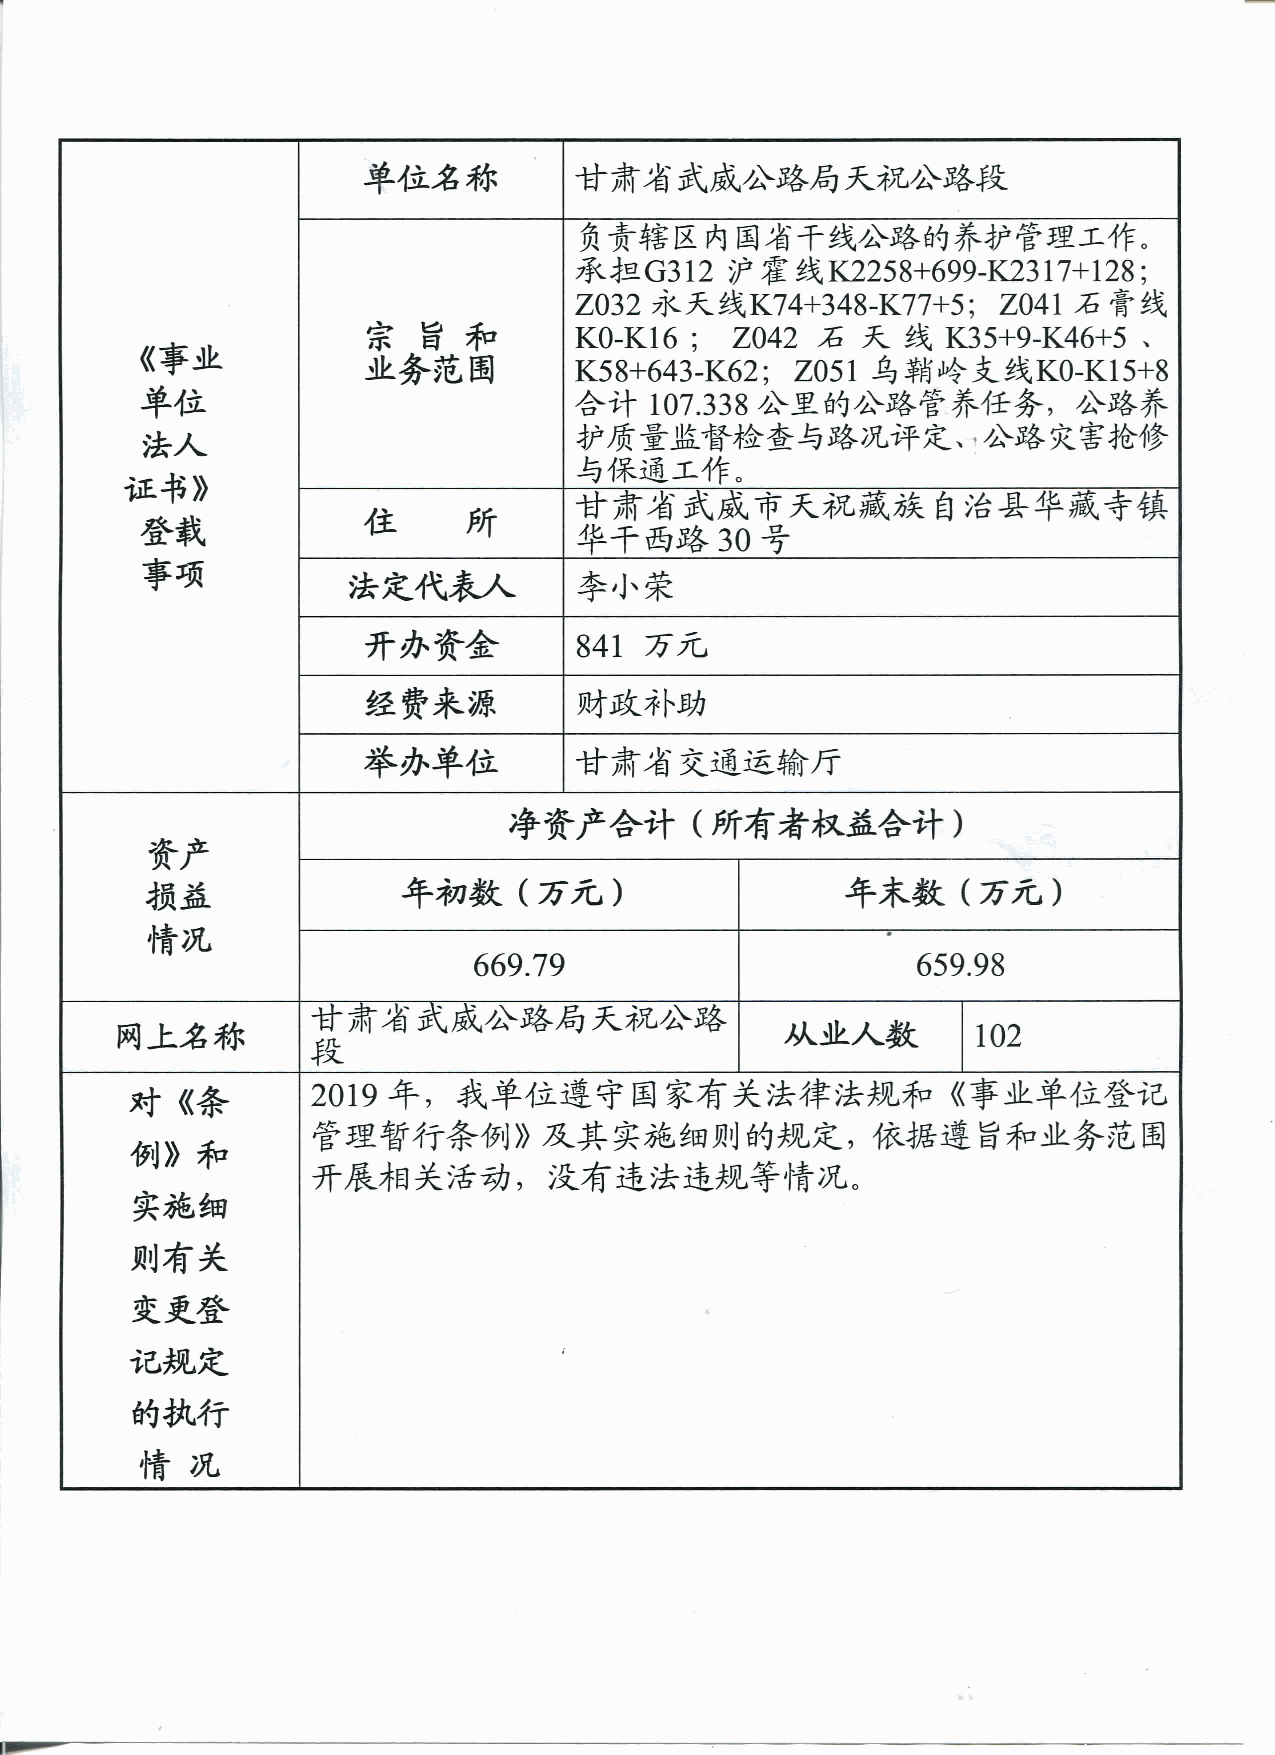
承担G312涯牽銭K2258+699-K2317十128;
 Z032永大関K74+348-K77十5;Z041石膏銭
 宗旨和     冤i8ｨﾘKｾOi>-ﾙKｫ1ｲ6ｦ;ﾅZﾉ0z4ｩ24石丶胤大H関ｬyKy3ﾘ5ﾔ十萎ﾂ9-K46十5､
 《事並     見kﾈ甘希省武威/z,`路局天祝ノ奔略段
 並奔滝田       筏S員ﾃcC2ﾔｳc#ｵ｣S)_H迚ｴｴﾔｳRｳ
 単位     剄㈹v107.338公\里的Jz\路管芥任各,Jz.\略表
 法人    ｢江華》    登載   事頭   剄R原量監督検査与路況評定､与/z`略焚書拾修
 吉保通工作｡
 住所     豫8ﾈYXｩ齪ｸ颯鮖,
 隼干西路30号
 法定代表人        凉ｸ抦ﾄ
 井み資金        塔Ciﾈﾋ2
 鍾蒐来源       俥ﾙgﾏr
 挙み単位       豫8ﾈﾏ,ｩytｽ"
 資戸    損益    情況     (ﾌｸﾘxﾇb引ｩtﾈｸﾛxﾘxﾇb
 年初数(万元)             剩N末数(万元)
 669.79        冓     659.98
 岡上名称       豫8ﾈYｦzｨｼyXｦрﾉF免"
 段
 対《条 例》和  実施細 則有夫  変更登 う己規定  的批行 情況  僖篳ｶ%肩X荿ﾙ彿tﾉWidzYdｴｹ8馼鉉%見6{2
 管理暫行条例が及其実施細則的規定,依握遵旨和止弁荘園
 井展和夫活功,没有違法連規等情況｡